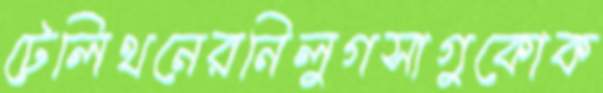
টেলিথনেরনিলুগসাগুকোক